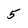
Character: 5